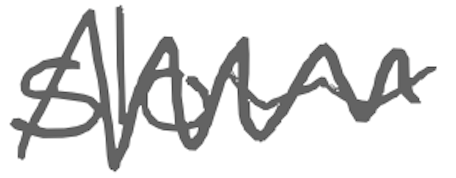
Text: slow
Cross-out: mix
Writing tool: digital_gray